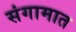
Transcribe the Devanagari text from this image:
संगामात